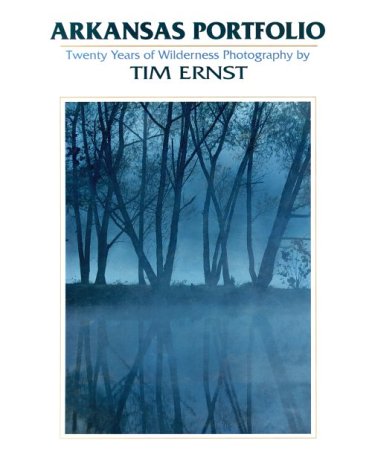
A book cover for Arkansas Portfolio: Twenty Years of Wilderness Photography; Tim Ernst; Travel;